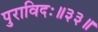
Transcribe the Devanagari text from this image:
पुराविदः॥३३॥